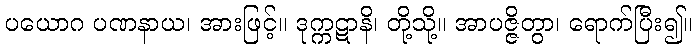
ပယောဂ ပဏနာယ၊ အားဖြင့်။ ဒုက္ကဋာနိ၊ တို့သို့။ အာပဇ္ဇိတွာ၊ ရောက်ပြီး၍။